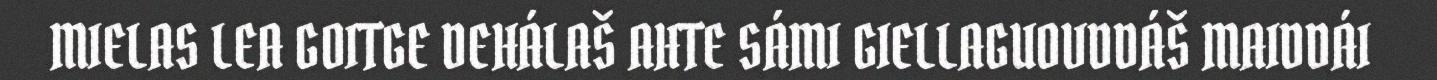
MIELAS LEA GOITGE DEHÁLAŠ AHTE SÁMI GIELLAGUOVDDÁŠ MAIDDÁI